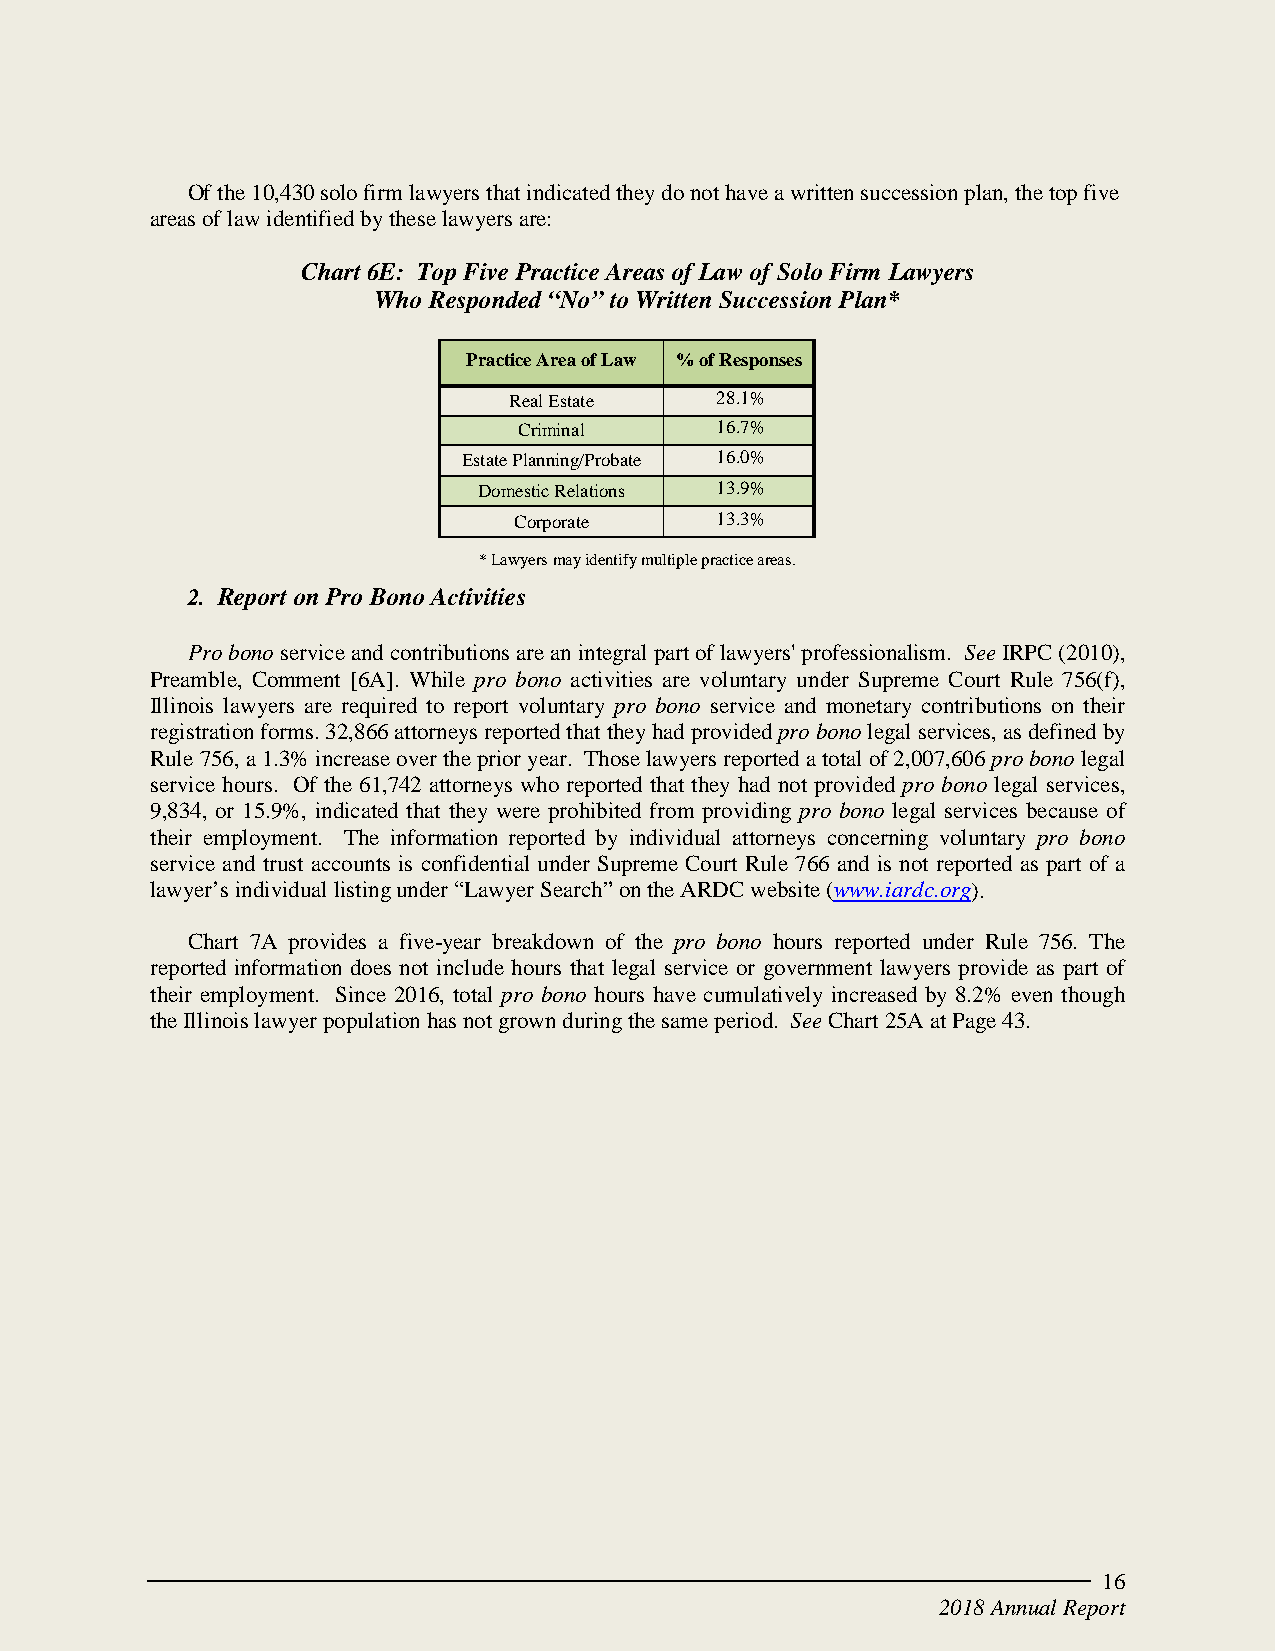
Of the 10,430 solo firm lawyers that indicated they do not have a written succession plan, the top five
 areas of law identified by these lawyers are:
 Chart 6E: Top Five Practice Areas of Law of Solo Firm Lawyers
 Who Responded “No” to Written Succession Plan*
 Practice Area of Law % of Responses
 Real Estate  28.1%
 Criminal     16.7%
 Estate Planning/Probate 16.0%
 Domestic Relations 13.9%
 Corporate    13.3%
 * Lawyers may identify multiple practice areas.
 2. Report on Pro Bono Activities
 Pro bono service and contributions are an integral part of lawyers' professionalism. See IRPC (2010),
 Preamble, Comment [6A]. While pro bono activities are voluntary under Supreme Court Rule 756(f),
 Illinois lawyers are required to report voluntary pro bono service and monetary contributions on their
 registration forms. 32,866 attorneys reported that they had provided pro bono legal services, as defined by
 Rule 756, a 1.3% increase over the prior year. Those lawyers reported a total of 2,007,606 pro bono legal
 service hours. Of the 61,742 attorneys who reported that they had not provided pro bono legal services,
 9,834, or 15.9%, indicated that they were prohibited from providing pro bono legal services because of
 their employment. The information reported by individual attorneys concerning voluntary pro bono
 service and trust accounts is confidential under Supreme Court Rule 766 and is not reported as part of a
 lawyer’s individual listing under “Lawyer Search” on the ARDC website (www.iardc.org).
 Chart 7A provides a five-year breakdown of the pro bono hours reported under Rule 756. The
 reported information does not include hours that legal service or government lawyers provide as part of
 their employment. Since 2016, total pro bono hours have cumulatively increased by 8.2% even though
 the Illinois lawyer population has not grown during the same period. See Chart 25A at Page 43.
 16
 2018 Annual Report